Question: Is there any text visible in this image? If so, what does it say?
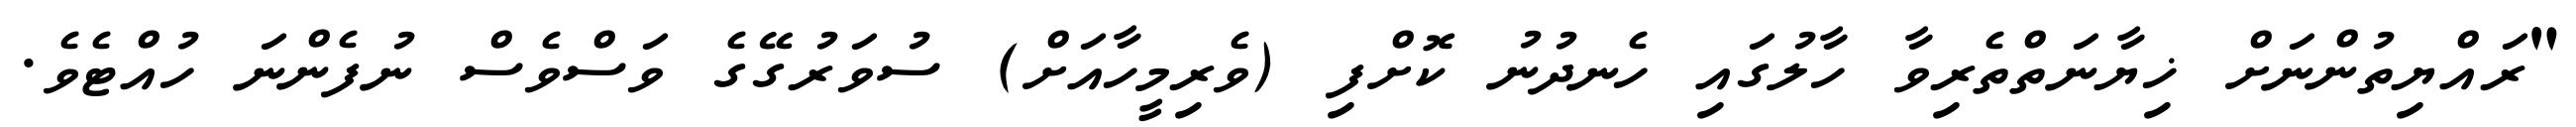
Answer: "ރައްޔިތުންނަށް ޚިޔާނަތްތެރިވާ ހާލުގައި ހެނދުނު ކޮށްފި (ވެރިމީހާއަށް) ސުވަރުގޭގެ ވަސްވެސް ނުފެންނަ ހުއްޓެވެ.